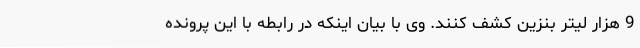
9 هزار لیتر بنزین کشف کنند. وی با بیان اینکه در رابطه با این پرونده